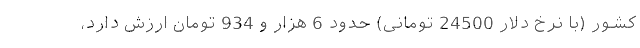
کشور (با نرخ دلار 24500 تومانی) حدود 6 هزار و 934 تومان ارزش دارد،